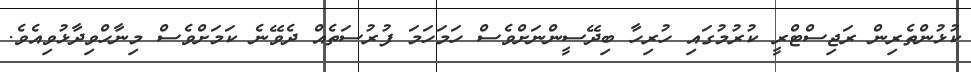
ކުޅުންތެރިން ރަޖިސްޓްރީ ކުރުމުގައި ހުރިހާ ބިދޭސީންނަށްވެސް ހަމަހަމަ ފުރުސަތެއް ދެވޭނެ ކަމަށްވެސް މިނާހްވިދާޅުވިއެވެ.